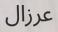
عرزال